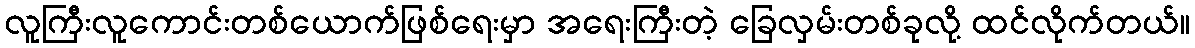
လူကြီးလူကောင်းတစ်ယောက်ဖြစ်ရေးမှာ အရေးကြီးတဲ့ ခြေလှမ်းတစ်ခုလို့ ထင်လိုက်တယ်။